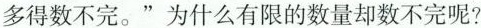
多得数不完。”为什么有限的数量却数不完呢?